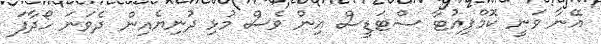
އޭނާ ވަނީ ކޮމްޕިއުޓާ ސްޓަޑީސް އިން ވެސް މުޅި ދުނިޔެއިން ދެވަނަ ހޯދާފަ